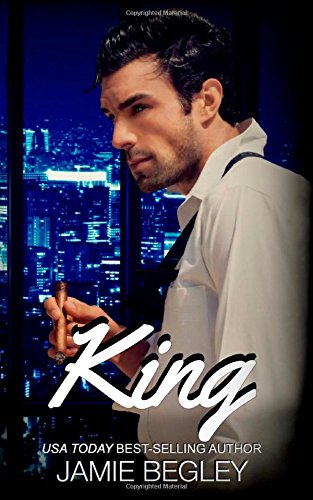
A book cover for King (The VIP Room) (Volume 3); Jamie Begley; Romance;